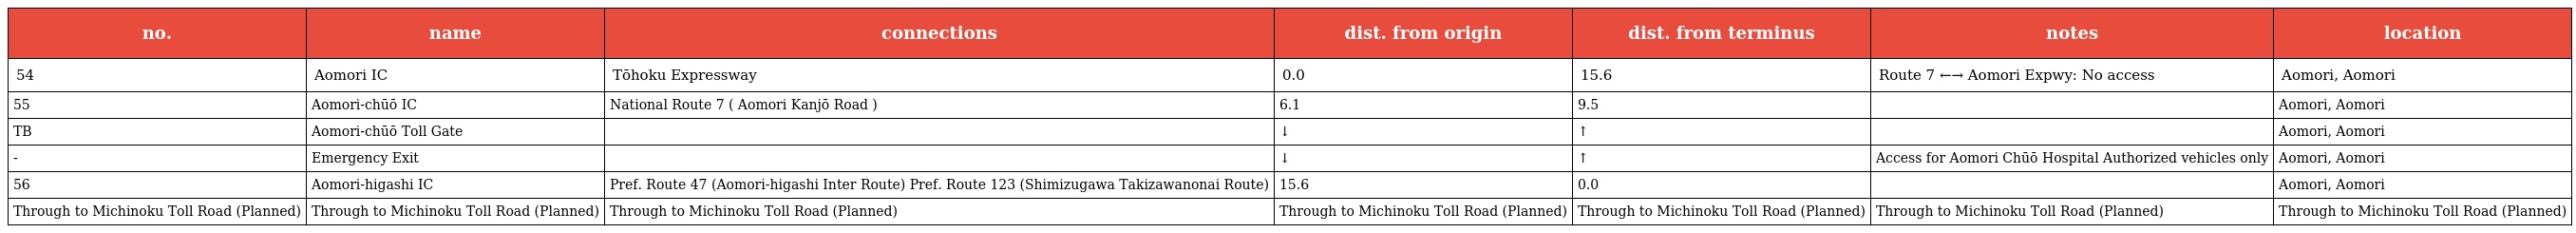
| no. | name | connections | dist. from origin | dist. from terminus | notes | location |
 | --- | --- | --- | --- | --- | --- | --- |
 | 54 | Aomori IC | Tōhoku Expressway | 0.0 | 15.6 | Route 7 ←→ Aomori Expwy: No access | Aomori, Aomori |
 | 55 | Aomori-chūō IC | National Route 7 ( Aomori Kanjō Road ) | 6.1 | 9.5 |  | Aomori, Aomori |
 | TB | Aomori-chūō Toll Gate |  | ↓ | ↑ |  | Aomori, Aomori |
 | - | Emergency Exit |  | ↓ | ↑ | Access for Aomori Chūō Hospital Authorized vehicles only | Aomori, Aomori |
 | 56 | Aomori-higashi IC | Pref. Route 47 (Aomori-higashi Inter Route) Pref. Route 123 (Shimizugawa Takizawanonai Route) | 15.6 | 0.0 |  | Aomori, Aomori |
 | Through to Michinoku Toll Road (Planned) | Through to Michinoku Toll Road (Planned) | Through to Michinoku Toll Road (Planned) | Through to Michinoku Toll Road (Planned) | Through to Michinoku Toll Road (Planned) | Through to Michinoku Toll Road (Planned) | Through to Michinoku Toll Road (Planned) |